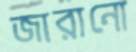
জারানো